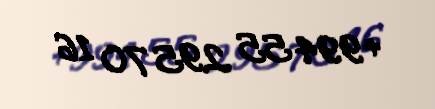
+994 55 295 70 16